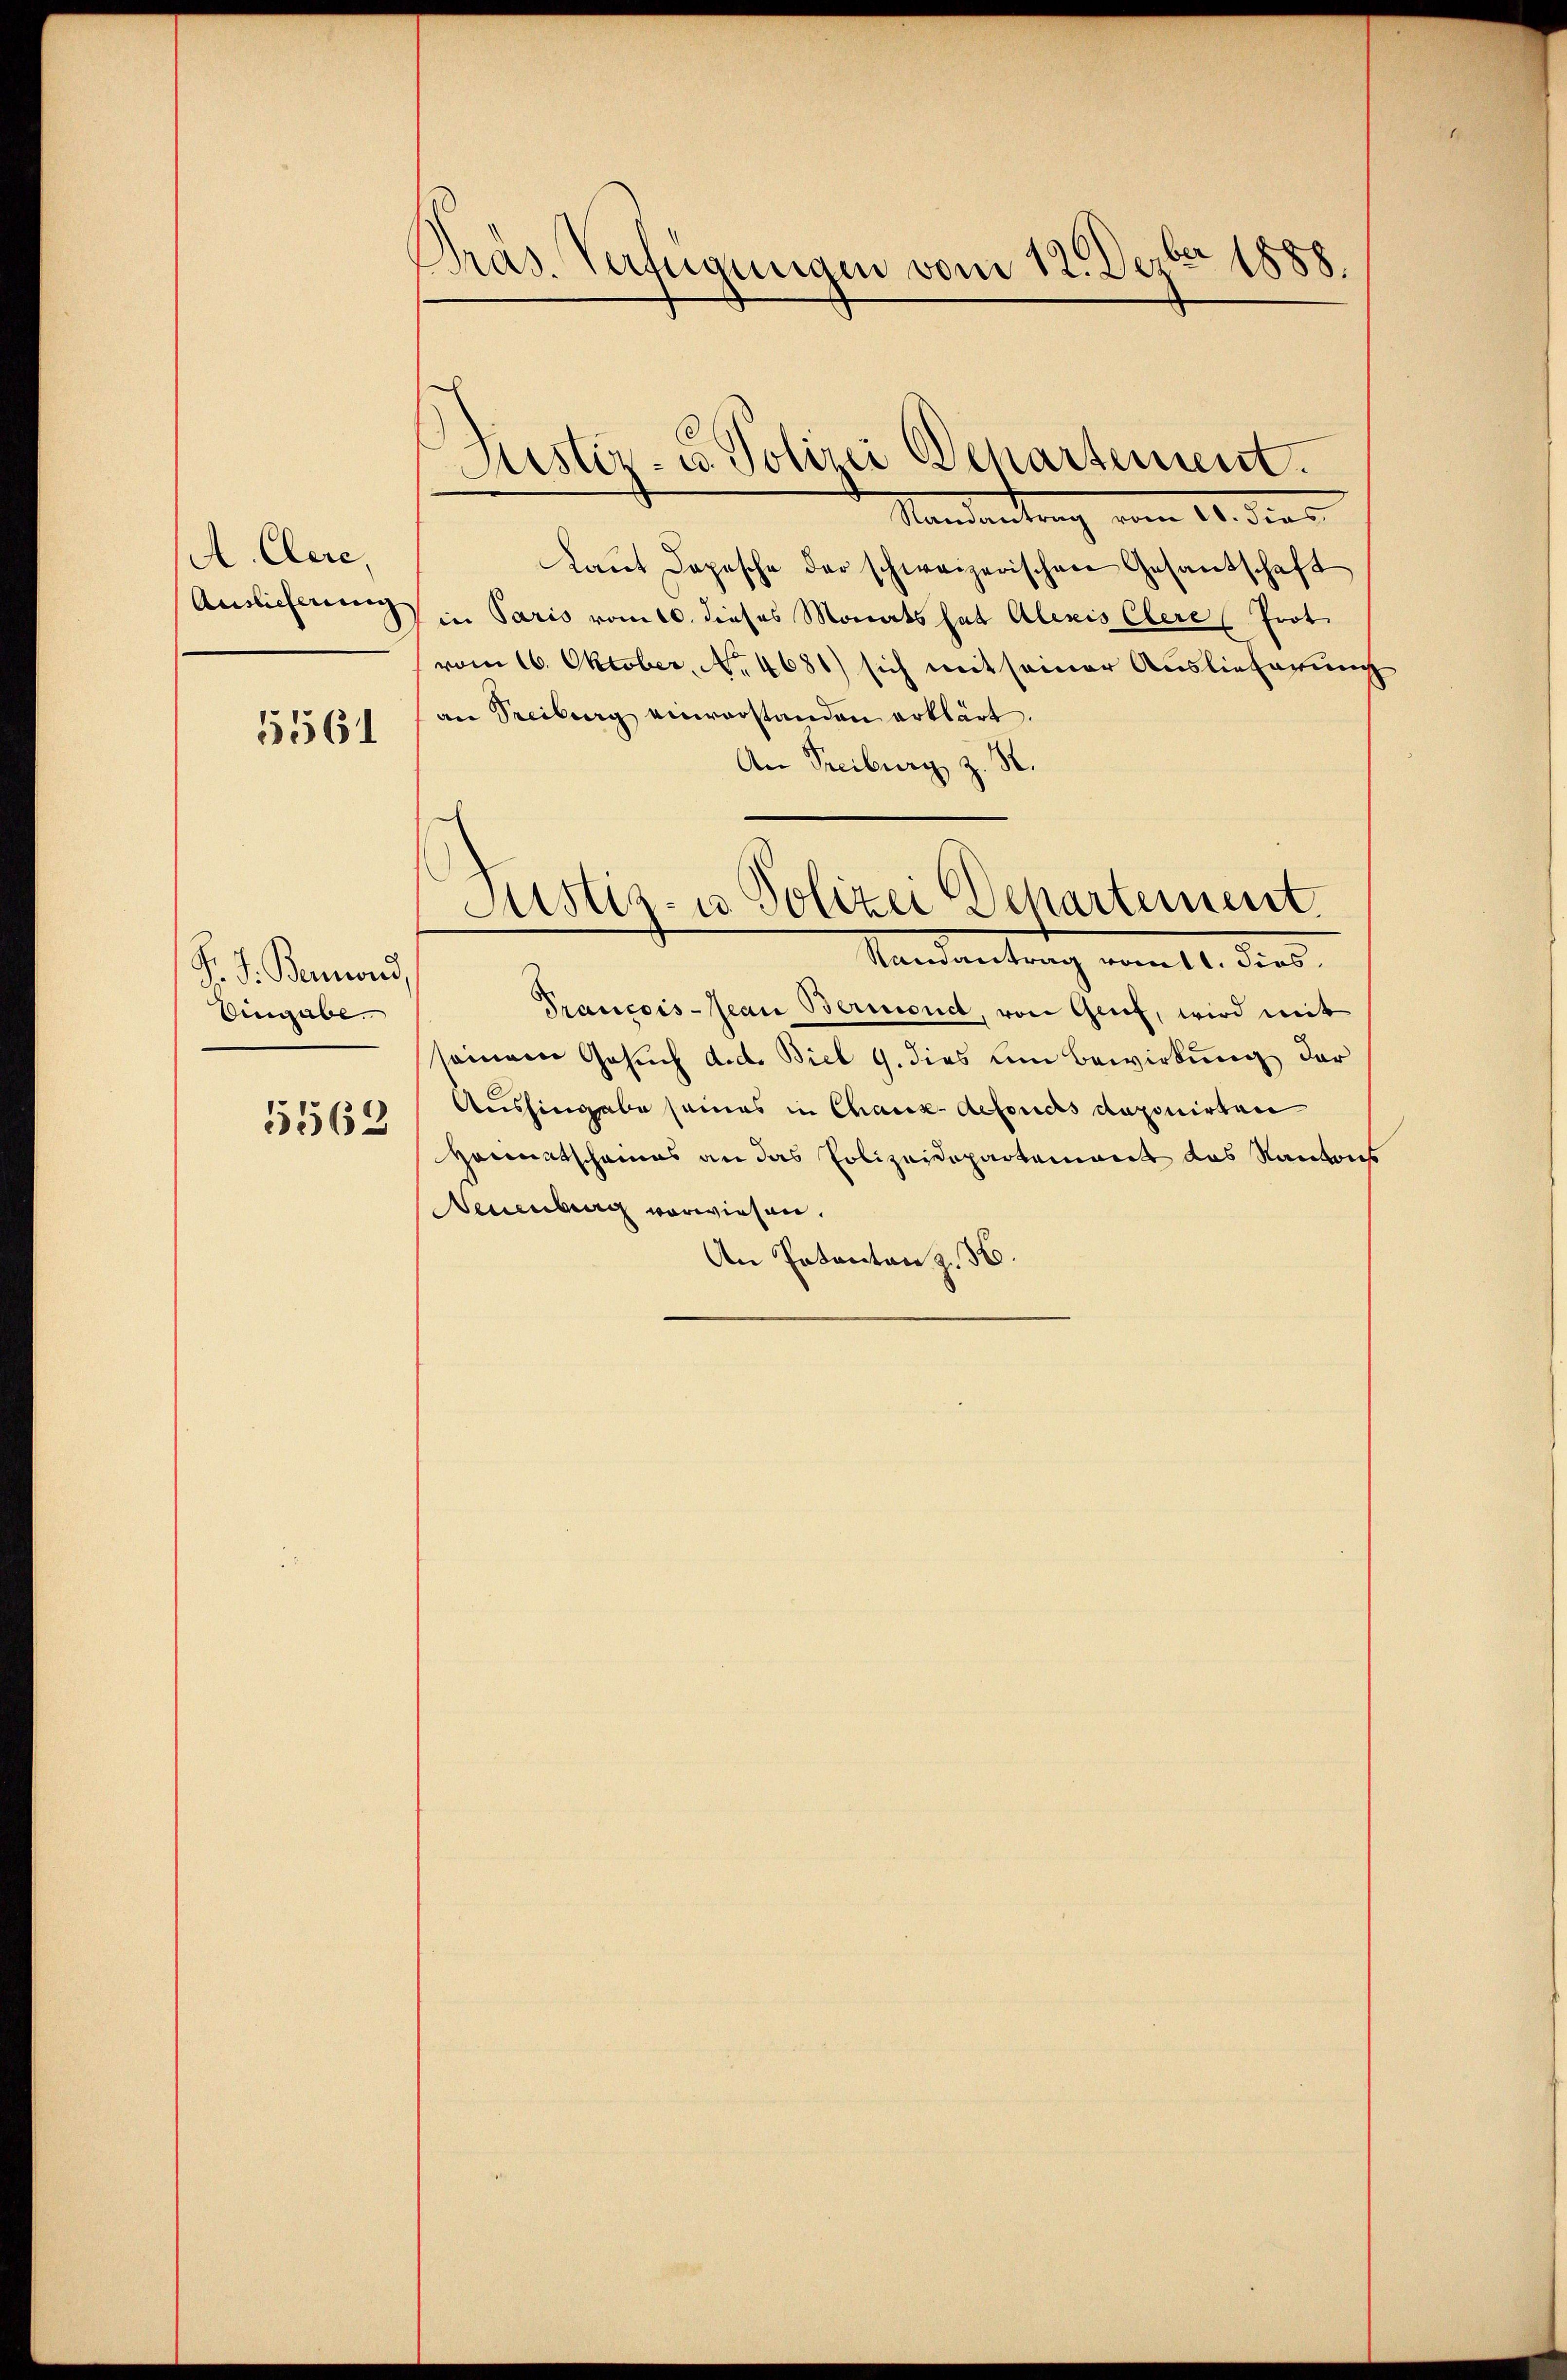
A. Clere,
Auslieferung

5561

P. J. Benord
Eingabe.
5562

Präs. Verfügungen vom 12. Dezbr 1888.

.
Aistiz- u. Polizei Departement.

Mandantung vom 10. die
Laŭt Depesche der schweizerischen Gesandschaft
in Paris vom 10. dieses Monats hat Alexis Clere (frot.
vom 16. Oktober, No. 4681) sich mit seiner Auslieferung
an Seeiburg einverstanden erklärt.
An Freiburg z. R.
Justiz- u. Polizei Departement.
Ramantrag vom 11. dies
Francois-Jean Bermond, von Genf, wird mit
seinem Gesuch d.d. Biel G. dies um Bewirkung der
Aushingabe seines in Chaux defonds deponirten
Heimatscheines an das Polizeidepartements das Kantons
Neuenburg vorwiesen.
An Potenten z. 36.